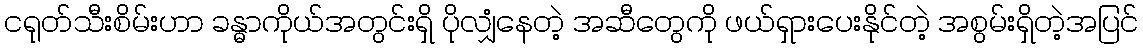
ငရုတ်သီးစိမ်းဟာ ခန္ဓာကိုယ်အတွင်းရှိ ပိုလျှံနေတဲ့ အဆီတွေကို ဖယ်ရှားပေးနိုင်တဲ့ အစွမ်းရှိတဲ့အပြင်